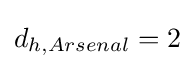
d_{h,Arsenal}=2